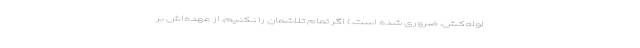
لوله‌کش، ضروری شده است.) اگر تمام تلاشمان را نکنیم، از عهده‌اش بر